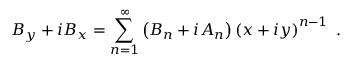
B _ { y } + i B _ { x } = \sum _ { n = 1 } ^ { \infty } \left( B _ { n } + i A _ { n } \right) \left( x + i y \right) ^ { n - 1 } \; .